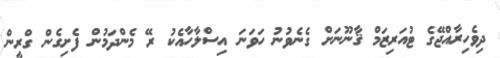
ދިވެހިރާއްޖޭގެ ޓުއަރިޒަމް ޤާނޫނަށް ގެނެވުނު ހަވަނަ އިސްލާހާއެކު ރޭ މެންދަމުން ފެށިގެން ގްރީން